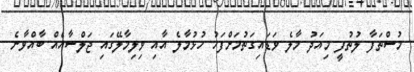
މުސްތަފާ ލުތުފީ މިއަދު މާލެ ވަޑައިގަތުމަށްފަހު ހުޅުމާލެ އާއި ވިލިމާލޭގައި ޖަލްސާއެއް ބާއްވާނެ